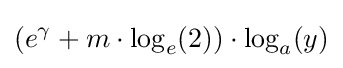
(e^{\gamma }+m\cdot \log _{e}(2))\cdot \log _{a}(y)